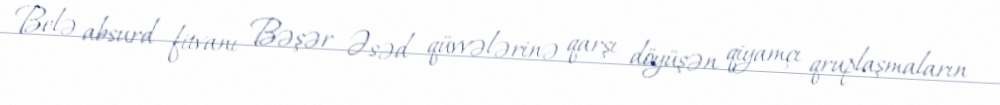
Belə absurd fitvanı Bəşər Əsəd qüvvələrinə qarşı döyüşən qiyamçı qruplaşmaların